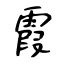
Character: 霞